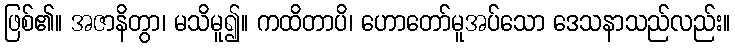
ဖြစ်၏။ အဇာနိတွာ၊ မသိမူ၍။ ကထိတာပိ၊ ဟောတော်မူအပ်သော ဒေသနာသည်လည်း။